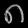
Digit: ၈